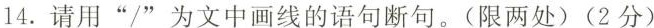
14.请用”/”为文中画线的语句断句。(限两处)(2分)